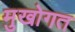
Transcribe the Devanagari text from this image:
मुखोगत